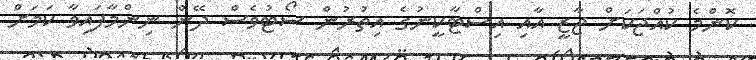
ކޮންމެ ކުއްޖަކަށް ޖާޒީ އާއި އިސްޓާކީނުގެ އިތުރުން ސޯޓުވެސް ދޭން ނިންމާފައިވާ ކަމަށް